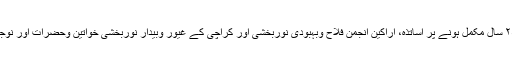
میں کراچی جامعہ محمود آباد کی ۲۵ سال مکمل ہونے پر اساتذہ، اراکین انجمن فلاح وبہبودیٔ نوربخشی اور کراچی کے غیور وبیدار نوربخشی خواتین وحضرات اور نوجوانوں کو مبارک باد پیش کرتا ہوں۔